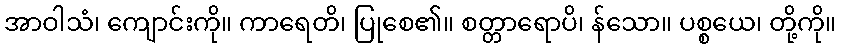
အာဝါသံ၊ ကျောင်းကို။ ကာရေတိ၊ ပြုစေ၏။ စတ္တာရောပိ၊ န်သော။ ပစ္စယေ၊ တို့ကို။